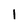
Character: 1